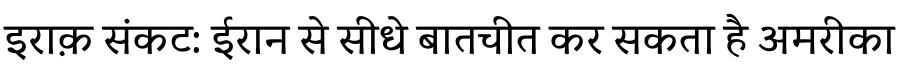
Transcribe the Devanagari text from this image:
इराक़ संकट: ईरान से सीधे बातचीत कर सकता है अमरीका